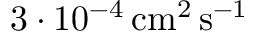
3 \cdot 1 0 ^ { - 4 } \, \mathrm { c m ^ { 2 } \, s ^ { - 1 } }